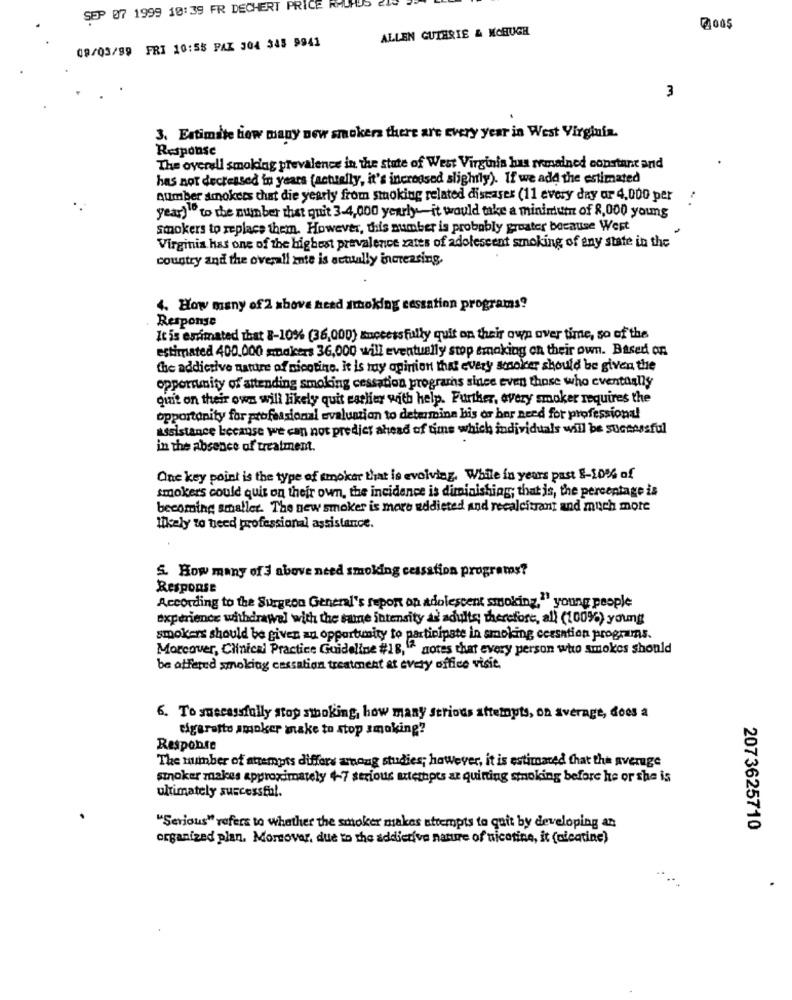
SEP 07 1999 10:39 FR DECHERT PRICE RALHUS EIN?
ALLEN GUTHRIE & MCHUGH
09/03/99 FRI 10:55 PAZ 304 345 9941
3
3. Estimate how many new smokers there are every year in West Virginia.
Response
The overall smoking prevalence in the state of West Virginia has remained constant and
has not decreased in years (actually, it's increased slightly). If we add the estimated
Alimber smokers that die yearly from smoking related diseases (11 every day ar 4,000 per
year)" to the number that quit 3-4,000 yearly-it would take a minimum of 8,000 young
smokers to replace them. However, this number is probably greater because West
Virginia has one of the highest prevalence zates of adolescent smoking of any state in the
country and the overall ante is actually increasing.
4. How many of 2 above head smoking cessation programs?
Response
It is esmated that 8-10% (36,000) successfully quit on their own over time, so of the
estimated 400.000 smokers 36,000 will eventually stop smoking on their own. Based on
the addictive nature of nicotine. it is my opinion that every smoker should be given the
opportunity of attending smoking cessation programs since even those who eventually
quit on their own will likely quit earlier with help. Further, avery smoker requires the
opportunity for professional evaluation to determine his or her need for professional
assistance because we can not predict ahead of time which individuals will be successful
in the absence of treatment.
One key point is the type of smoker that is evolving. While in years past 8-10% of
smokers could quit on their own, the incidence is diminishing; that is, the percentage is
becoming smaller. The new smoker is more uddieted and recalcitrant and much more
likely to need professional assistance.
5. How many of 3 above need smoking cessation programs?
Response
According to the Surgeon General's report on adolescent smoking,"" young people
experience withdrawal with the same intensity as adults; therefore, all (100%) young
smokers should be given an opportunity to participate in smoking cessation programs.
Morcover, Clinical Practice Guideline #18, "^ notes that every person who smokes should
be offered smoking cessation treatment at every office visie
6. To successfully stop smoking, how many serious attempts, on Average, does a
tigeratte smoker anske to stop smoking?
Response
The number of attempts differs wrong studies; however, it is estimated that the average
smoker makes approximately 4-7 serious attethpes ar quitting smoking before he or she is
ultimately successful.
"Serious" refers to whether the smoker makes attempts to quit by developing an
2073625710
organized plan. Moreover, due to the addictive nature of nicotine, it (alcatine)